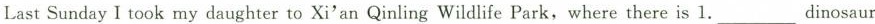
Last Sunday I took my daughter to Xi'an Qinling Wildlife Park,where there is 1.___dinosaur